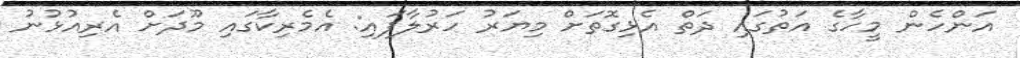
އަންހެން މީހާގެ އަތުގައި ދަތް އެޅިގޮތަށް މިޔަރު ހަރުލާފައި: އެމެރިކާގައި މޫދަށް އެރިއުޅުނު